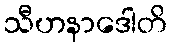
သီဟနာဒေါတိ